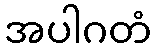
အပါဂတံ